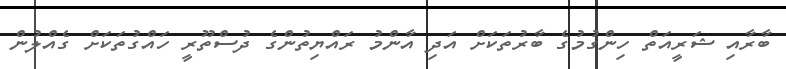
ބާރާއި ޝަރީއަތް ހިންގުމުގެ ބާރުތަކަށް އަދި އާންމު ރައްޔިތުންގެ ދުސްތޫރީ ހައްގުތަކަށް ގެއްލުން